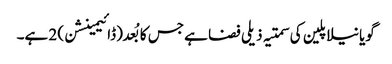
گویا نیلا پلین کی سمتیہ ذیلی فضا ہے جس کا بُعد (ڈائیمینشن) 2 ہے۔